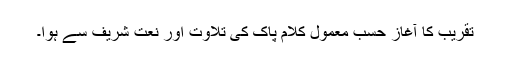
تقریب کا آغاز حسبِ معمول کلام پاک کی تلاوت اور نعت شریف سے ہوا۔